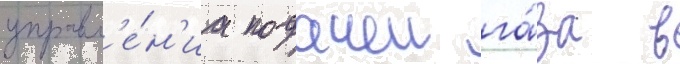
управл'е́н'иа подачеи га́за в